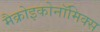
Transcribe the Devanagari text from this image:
मैक्रोइकोनॉमिक्स